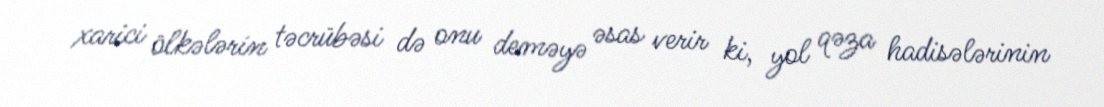
xarici ölkələrin təcrübəsi də onu deməyə əsas verir ki, yol qəza hadisələrinin